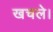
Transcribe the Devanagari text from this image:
खचले।